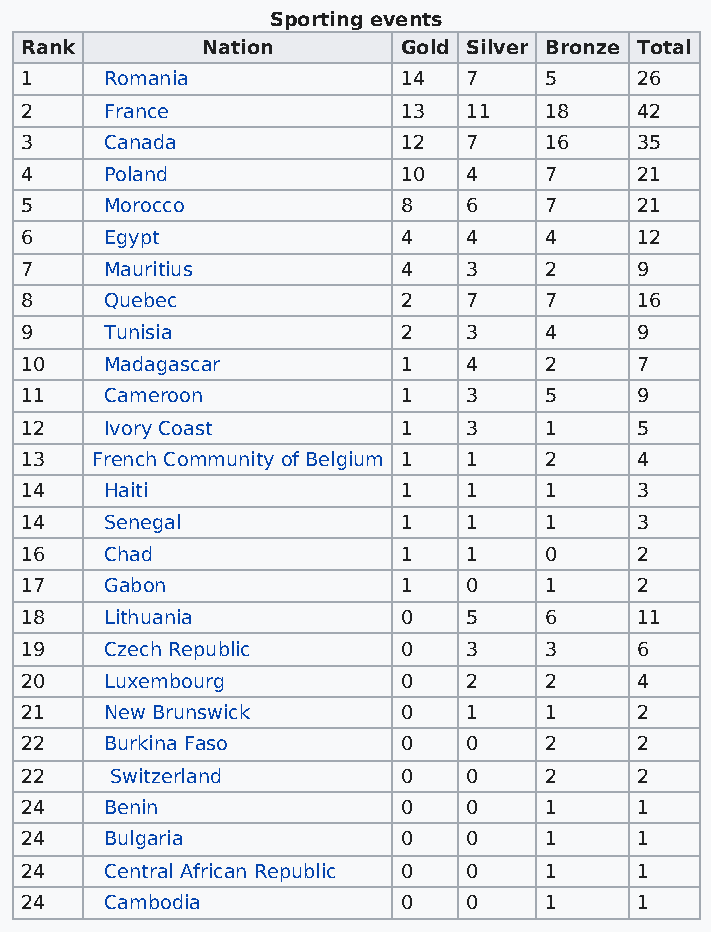
Sporting events
 Rank        Nation       Gold Silver Bronze Total
 1     Romania            14   7    5     26
 2     France             13   11   18    42
 3     Canada             12   7    16    35
 4     Poland             10   4    7     21
 5     Morocco            8    6    7     21
 6     Egypt              4    4    4     12
 7     Mauritius          4    3    2     9
 8     Quebec             2    7    7     16
 9     Tunisia            2    3    4     9
 10    Madagascar         1    4    2     7
 11    Cameroon           1    3    5     9
 12    Ivory Coast        1    3    1     5
 13   French Community of Belgium 1 1 2   4
 14    Haiti              1    1    1     3
 14    Senegal            1    1    1     3
 16    Chad               1    1    0     2
 17    Gabon              1    0    1     2
 18    Lithuania          0    5    6     11
 19    Czech Republic     0    3    3     6
 20    Luxembourg         0    2    2     4
 21    New Brunswick      0    1    1     2
 22    Burkina Faso       0    0    2     2
 22    Switzerland        0    0    2     2
 24    Benin              0    0    1     1
 24    Bulgaria           0    0    1     1
 24    Central African Republic 0 0 1     1
 24    Cambodia           0    0    1     1